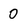
Character: 0